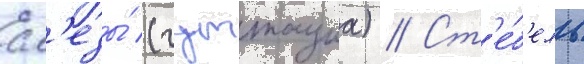
сл'езы́ (гуттациа) // Ст'е́б'ель